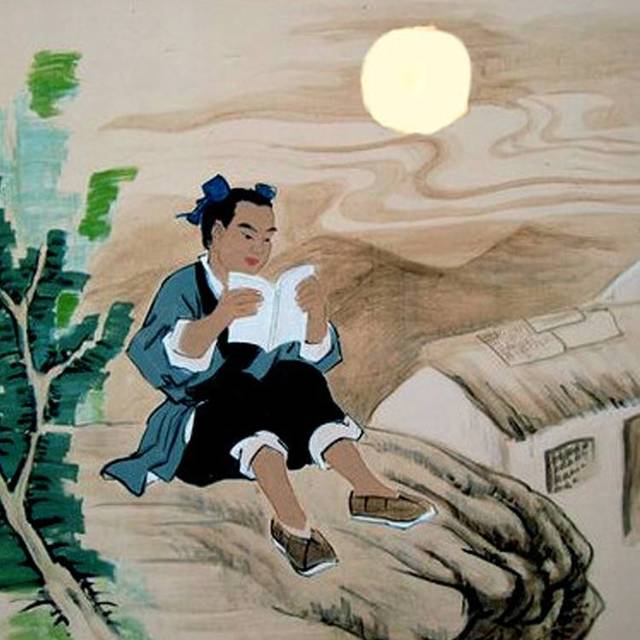
三更灯火五更鸡，正是男儿读书时。